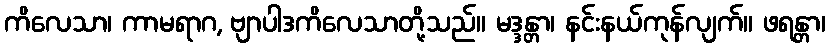
ကိလေသာ၊ ကာမရာဂ, ဗျာပါဒကိလေသာတို့သည်။ မဒ္ဒန္တာ၊ နင်းနယ်ကုန်လျက်။ ဖရန္တာ၊